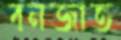
বনজাত